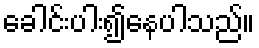
ခေါင်းပါး၍နေပါသည်။